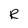
Character: R